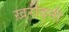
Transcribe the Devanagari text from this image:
ख़रीदनी